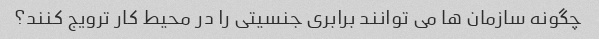
چگونه سازمان ها می توانند برابری جنسیتی را در محیط کار ترویج کنند؟